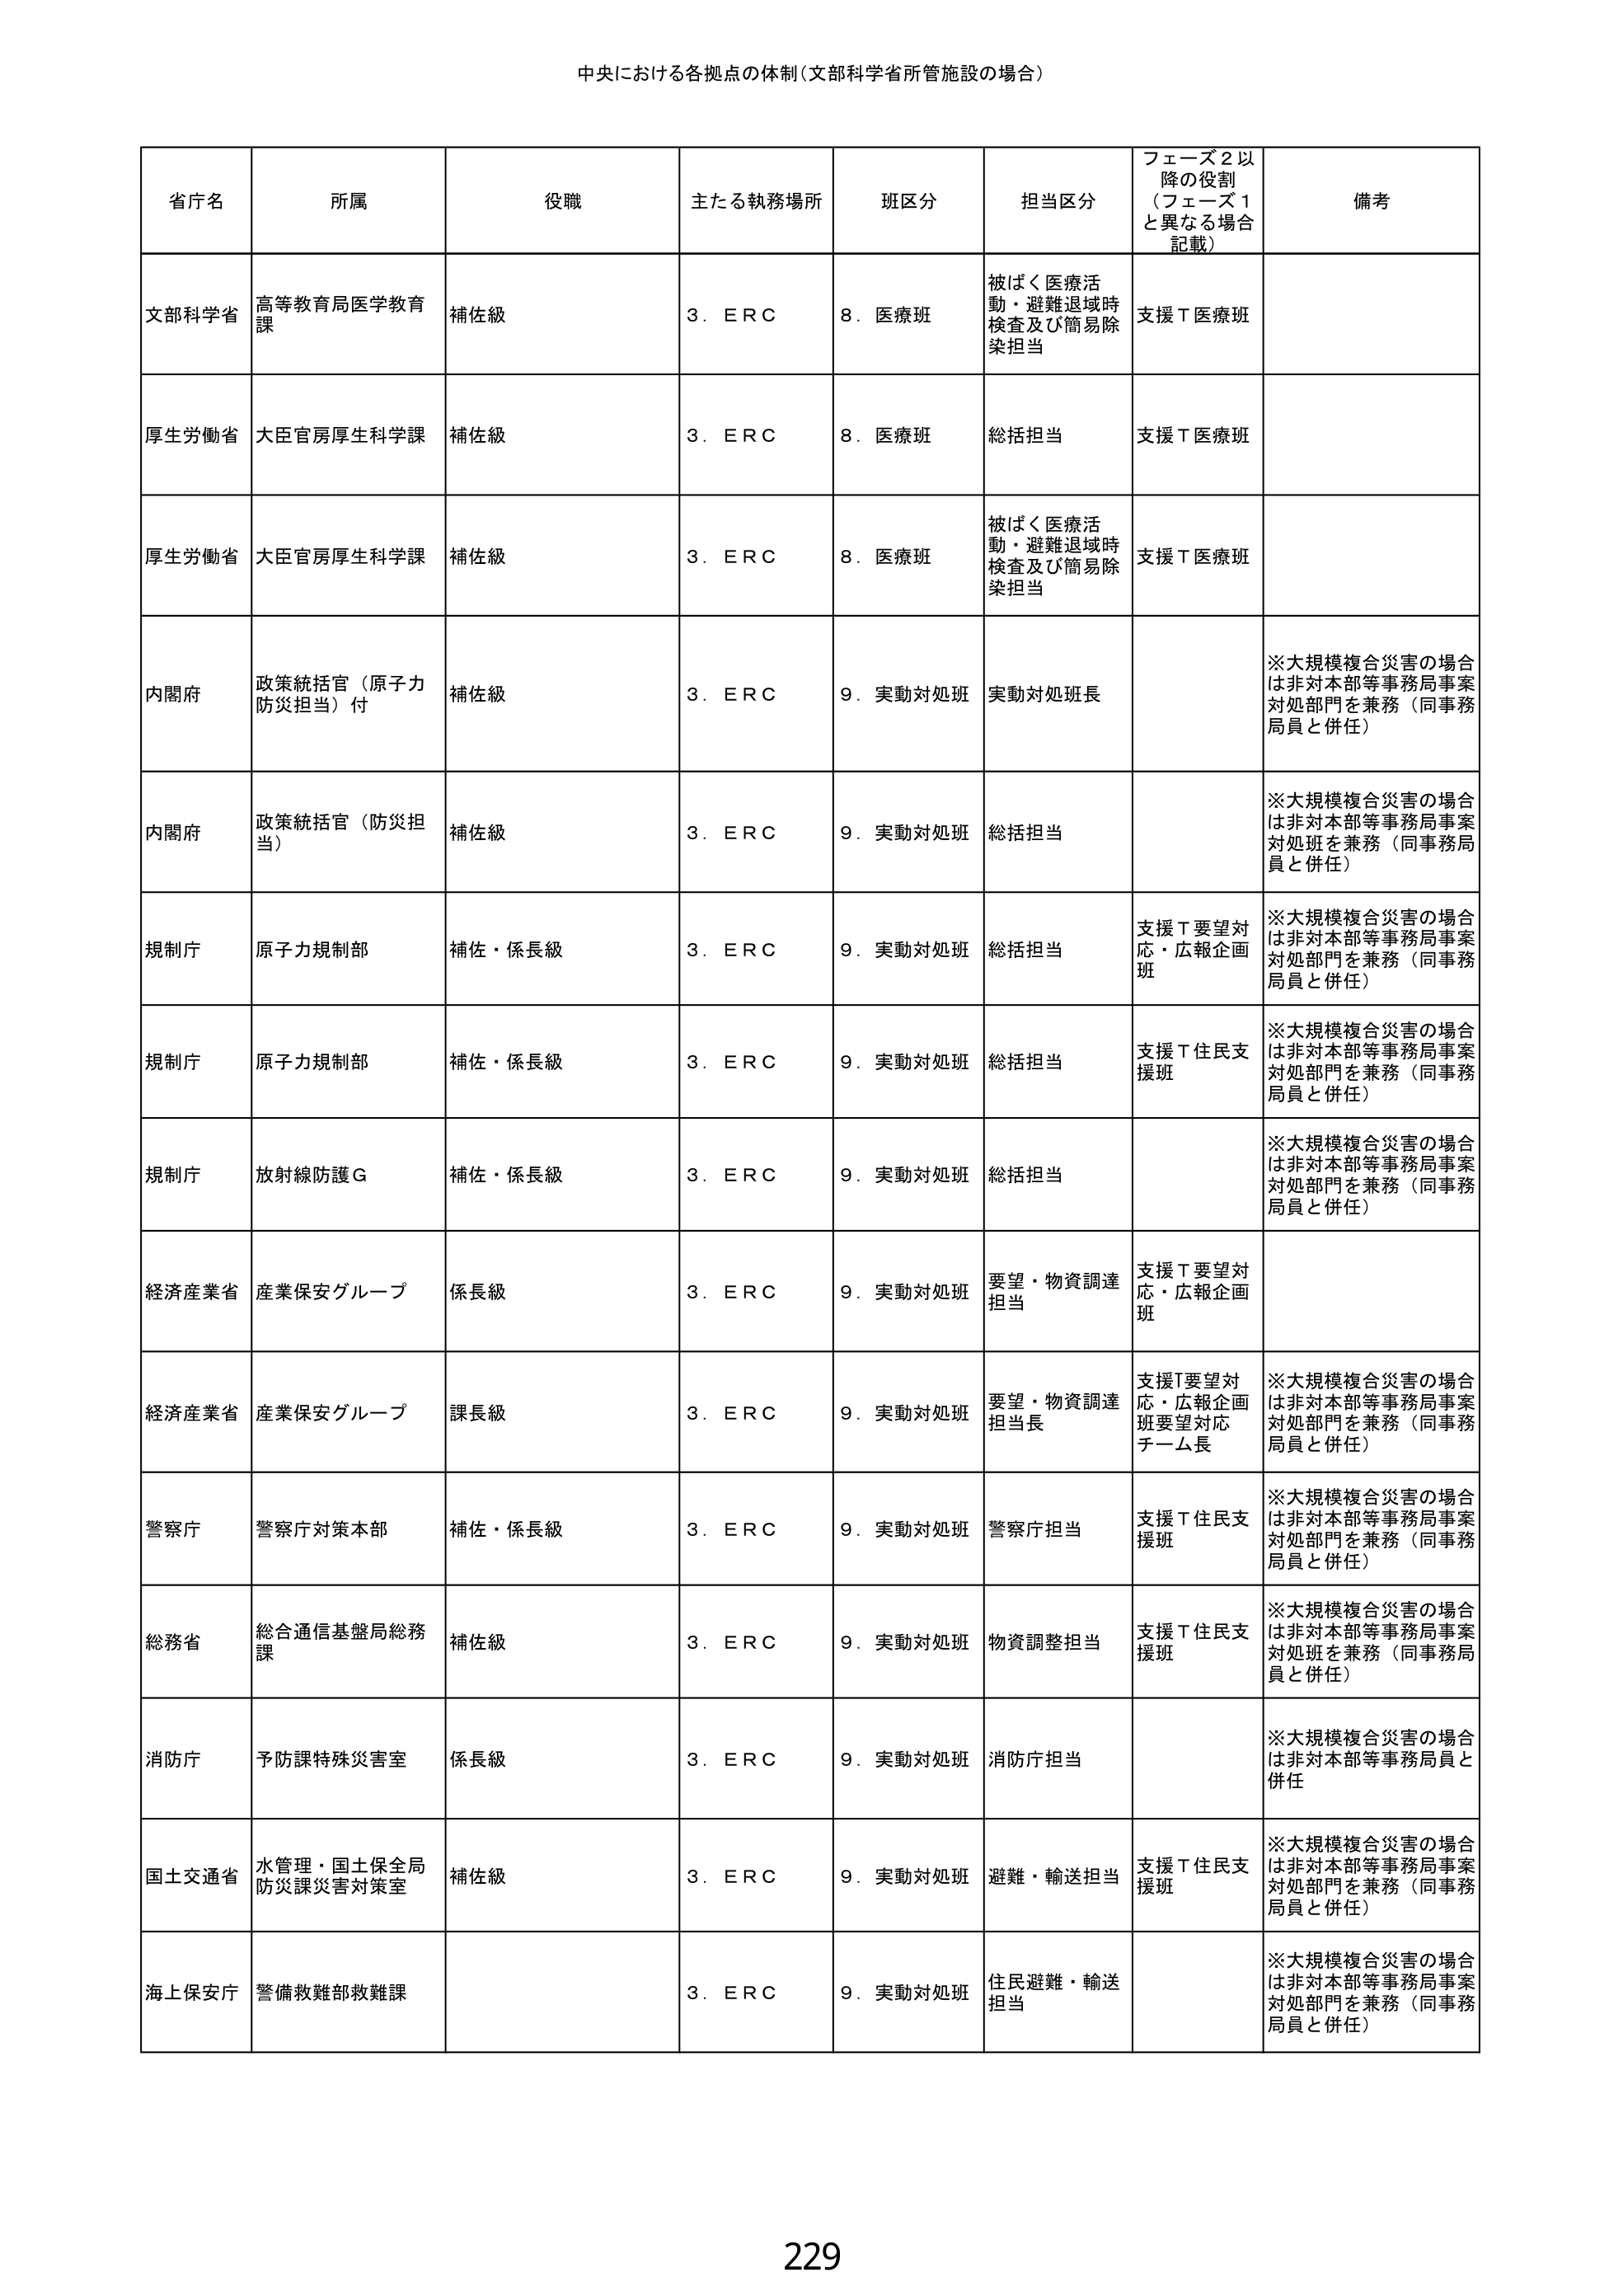
中央における各拠点の体制（文部科学省所管施設の場合）

省庁名	所属	役職	主たる執務場所	班区分	担当区分	フェーズ2以降の役割（フェーズ1と異なる場合記載）	備考
文部科学省	高等教育局医学教育課	補佐級	3．ＥＲＣ	8．医療班	被ばく医療活動・避難退域時検査及び簡易除染担当	支援Ｔ医療班
厚生労働省	大臣官房厚生科学課	補佐級	3．ＥＲＣ	8．医療班	総括担当	支援Ｔ医療班
厚生労働省	大臣官房厚生科学課	補佐級	3．ＥＲＣ	8．医療班	被ばく医療活動・避難退域時検査及び簡易除染担当	支援Ｔ医療班
内閣府	政策統括官（原子力防災担当）付	補佐級	3．ＥＲＣ	9．実動対処班	実動対処班長		※大規模複合災害の場合は非対本部等事務局事案対処部門を兼務（同事務局員と併任）
内閣府	政策統括官（防災担当）	補佐級	3．ＥＲＣ	9．実動対処班	総括担当		※大規模複合災害の場合は非対本部等事務局事案対処班を兼務（同事務局員と併任）
規制庁	原子力規制部	補佐・係長級	3．ＥＲＣ	9．実動対処班	総括担当	支援Ｔ要望対応・広報企画班	※大規模複合災害の場合は非対本部等事務局事案対処部門を兼務（同事務局員と併任）
規制庁	原子力規制部	補佐・係長級	3．ＥＲＣ	9．実動対処班	総括担当	支援Ｔ住民支援班	※大規模複合災害の場合は非対本部等事務局事案対処部門を兼務（同事務局員と併任）
規制庁	放射線防護Ｇ	補佐・係長級	3．ＥＲＣ	9．実動対処班	総括担当		※大規模複合災害の場合は非対本部等事務局事案対処部門を兼務（同事務局員と併任）
経済産業省	産業保安グループ	係長級	3．ＥＲＣ	9．実動対処班	要望・物資調達担当	支援Ｔ要望対応・広報企画班	※大規模複合災害の場合は非対本部等事務局事案対処部門を兼務（同事務局員と併任）
経済産業省	産業保安グループ	課長級	3．ＥＲＣ	9．実動対処班	要望・物資調達担当長	支援Ｔ要望対応・広報企画班要望対応チーム長	※大規模複合災害の場合は非対本部等事務局事案対処部門を兼務（同事務局員と併任）
警察庁	警察庁対策本部	補佐・係長級	3．ＥＲＣ	9．実動対処班	警察庁担当	支援Ｔ住民支援班	※大規模複合災害の場合は非対本部等事務局事案対処部門を兼務（同事務局員と併任）
総務省	総合通信基盤局総務課	補佐級	3．ＥＲＣ	9．実動対処班	物資調整担当	支援Ｔ住民支援班	※大規模複合災害の場合は非対本部等事務局事案対処班を兼務（同事務局員と併任）
消防庁	予防課特殊災害室	係長級	3．ＥＲＣ	9．実動対処班	消防庁担当		※大規模複合災害の場合は非対本部等事務局員と併任
国土交通省	水管理・国土保全局防災課災害対策室	補佐級	3．ＥＲＣ	9．実動対処班	避難・輸送担当	支援Ｔ住民支援班	※大規模複合災害の場合は非対本部等事務局事案対処部門を兼務（同事務局員と併任）
海上保安庁	警備救難部救難課		3．ＥＲＣ	9．実動対処班	住民避難・輸送担当		※大規模複合災害の場合は非対本部等事務局事案対処部門を兼務（同事務局員と併任）

229